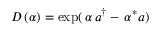
D \left( \alpha \right) = \exp ( \, \alpha \, a ^ { \dagger } - \, \alpha ^ { * } a )